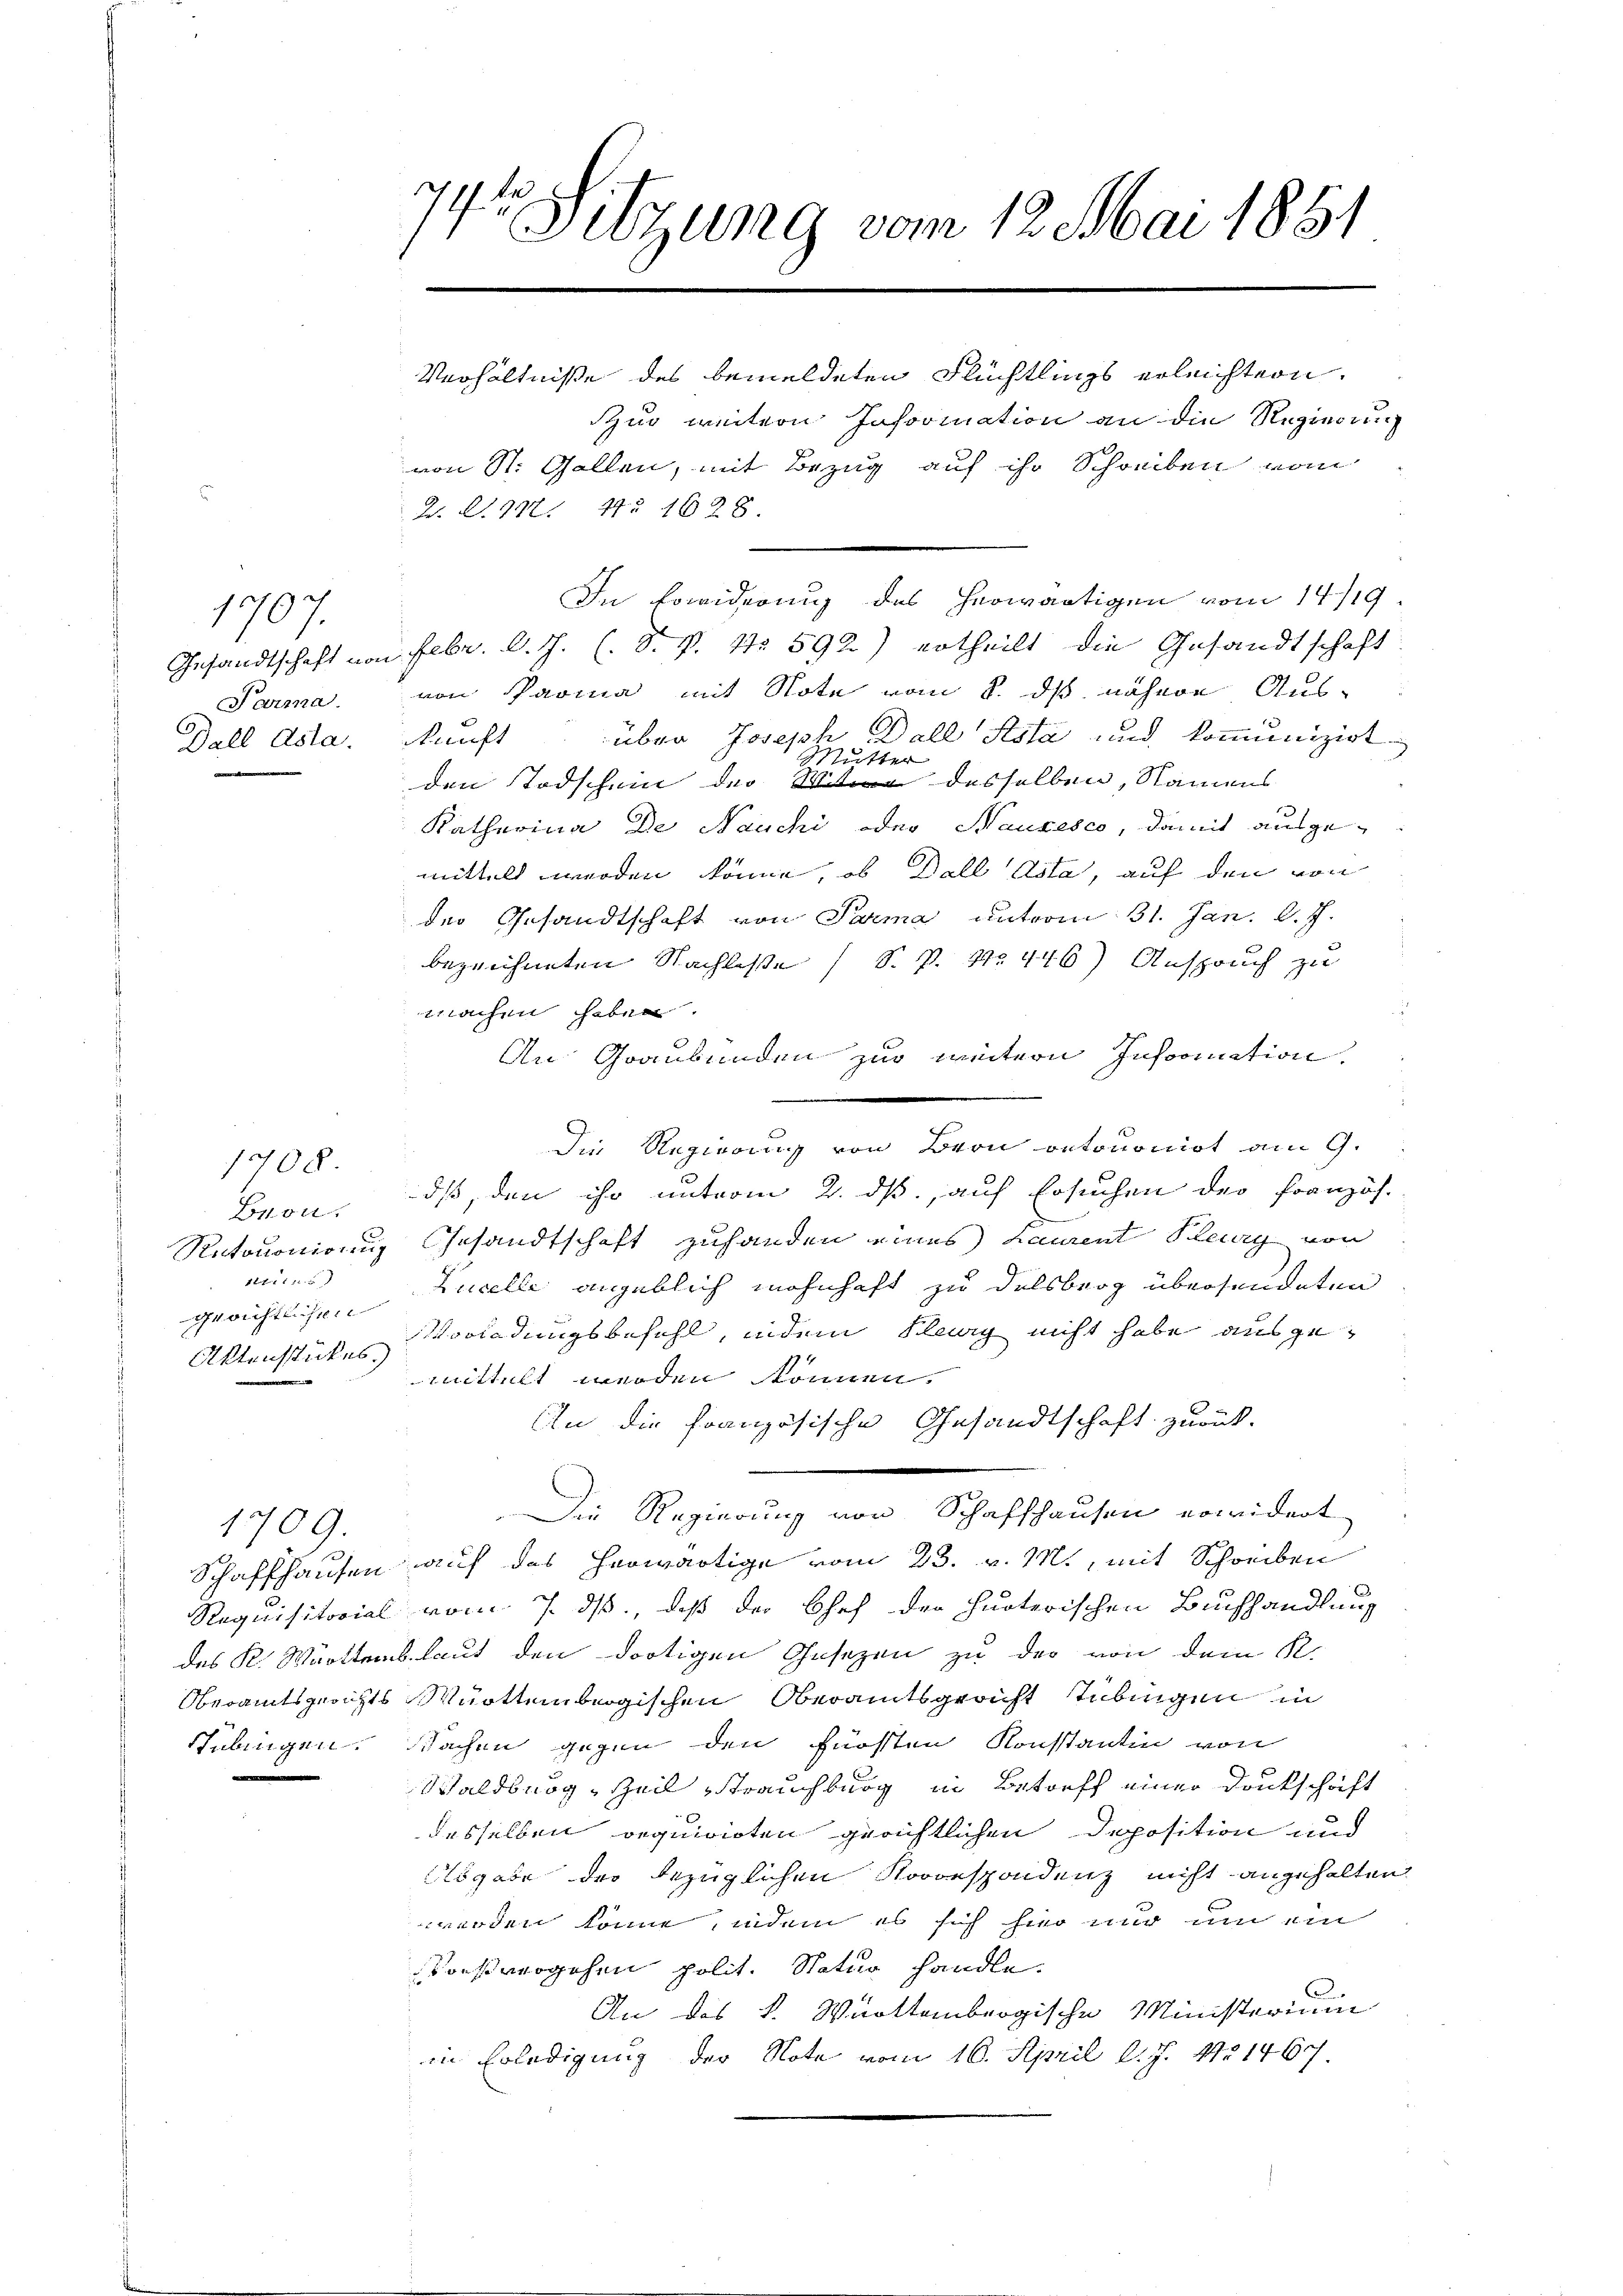
1907.
Parma.

1708.

Bron
1
gerichtlichen
Aktensstückes.

1709.

74. 4
Sitzung vom 12. Mai 1881

Verhältniße des bemeldeten Flüchtlings erleichtern.
zur weitern Insoomation an die Regierung
von St. Gallen, mit Bezug auf ihr Schreiben vom
R. S. 742. 4. 1628.
In Erwiderung des herwärtigen vom 14/19.
Gesandtschaft von Febr. d. J. C. S. v. No 592) ertheilt die Gesandtschaft
von Parma mit Note vom 8. ds nähere Aus¬
Dall Asta. Nunft über Joseph Ball Pesta und kommunizirt
Mutter
den Todschein der Wie desselben, Namens
Katharina De Nanchi oder Nauxesco, damit ausge-
mittelt werden könne, ob Dell Asta, auf den von
der Gesandtschaft von Parma unterm 31. Jan. d. J.
bezeichneten Nachlasse (S. P. Nr. 446) Anspruch zu
machen haben.
An Graubünden zur weitern Insoornation
Die Regierung von Bern retournirt am 9.
dß, den ihr unterm 2. ds., auf Ersuchen der Französ.
Retoroniani Gesandtschaft zuhanden eines Laurent Pury von
Zucelle angeblich wohnhaft zu Delsberg übersendeten
Vorladungsbefehl, indem Klang nicht habe ausgemittelt werden können.
An die französische Gesandtschaft zurück-
Der Regierung und Schaftlichen weitet.
Schaffhausen auf das herwärtige vom 23. v. M., mit Schreiben
Requisitorial vom 7. ds., daß der Chef der huoterischen Buchhandlung
des K. Württemblaut den dortigen Gesezen zu der von dem K.
Oberamtsgerichts Württembergischen Oberamtsgericht Tübingen in
Tübingen. Sachen gegen den fürsten Konstantin von
Waldberg, Zeil trauchburg in Betreff einer Dankschaft
desselben requirirten gerichtlichen Deposition und
Abgabe der bezüglichen Novorspondenz nicht angehalten
werden könne, indem es sich hier nur um ein
Vorstvergehen polit. Natur handle.
An des k. Württembrogische Ministerium
in Erledigung der Note vom 16. April l. J. 121467.